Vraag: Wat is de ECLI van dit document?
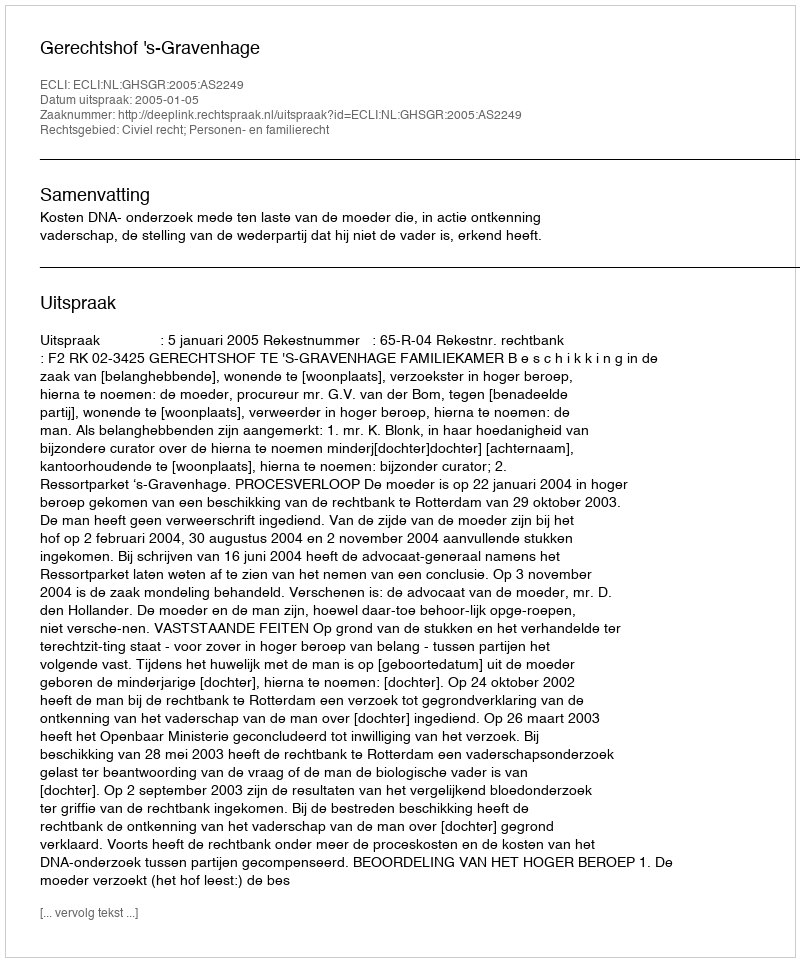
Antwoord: ECLI:NL:GHSGR:2005:AS2249